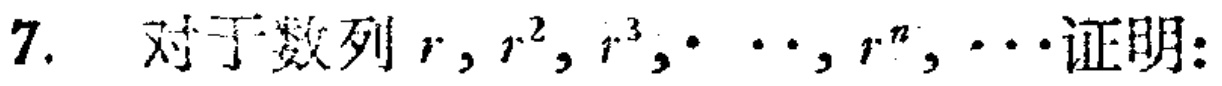
7. 对于数列 \(r, r^{2}, r^{3}, \cdots, r^{n}, \cdots\)证明: